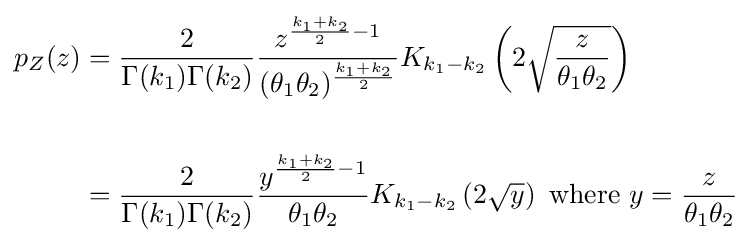
{\begin{aligned}p_{Z}(z)&={\frac {2}{\Gamma (k_{1})\Gamma (k_{2})}}{\frac {z^{{\frac {k_{1}+k_{2}}{2}}-1}}{(\theta _{1}\theta _{2})^{\frac {k_{1}+k_{2}}{2}}}}K_{k_{1}-k_{2}}\left(2{\sqrt {\frac {z}{\theta _{1}\theta _{2}}}}\right)\\\\&={\frac {2}{\Gamma (k_{1})\Gamma (k_{2})}}{\frac {y^{{\frac {k_{1}+k_{2}}{2}}-1}}{\theta _{1}\theta _{2}}}K_{k_{1}-k_{2}}\left(2{\sqrt {y}}\right){\text{ where }}y={\frac {z}{\theta _{1}\theta _{2}}}\\\end{aligned}}